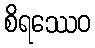
စိရဿေဝ